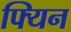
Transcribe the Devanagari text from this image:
फ्यिन